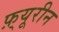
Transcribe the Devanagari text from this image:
फ़्यूरीन